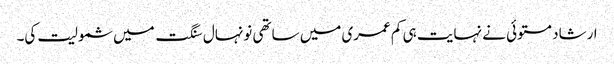
ارشاد مستوئی نے نہایت ہی کم عمری میں ساتھی نونہال سنگت میں شمولیت کی۔